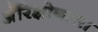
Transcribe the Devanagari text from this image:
अॅरिझोनाला